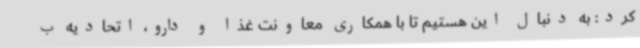
کرد: به دنبال این هستیم تا با همکاری معاونت غذا و دارو، اتحادیه ب